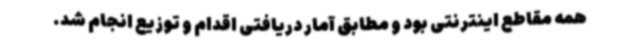
همه مقاطع اینترنتی بود و مطابق آمار دریافتی اقدام و توزیع انجام شد.